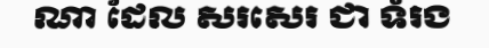
ណា ដែល សរសេរ ជា ទំរង